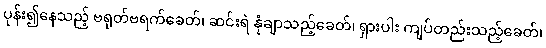
ပုန်း၍နေသည့် ဗရုတ်ဗရက်ခေတ်၊ ဆင်းရဲ နုံချာသည့်ခေတ်၊ ရှားပါး ကျပ်တည်းသည့်ခေတ်၊